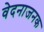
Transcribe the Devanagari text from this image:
वेदनाजनक